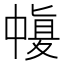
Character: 𠁶